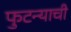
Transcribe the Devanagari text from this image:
फुटन्याची